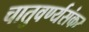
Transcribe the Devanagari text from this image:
चातुवर्ण्यसंकर